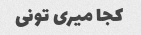
کجا میری تونی